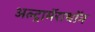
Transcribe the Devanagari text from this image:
अल्ट्रामॅराथॉन